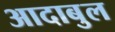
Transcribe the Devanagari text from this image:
आदाबुल